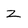
Character: z